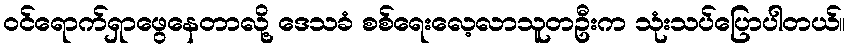
ဝင်ရောက်ရှာဖွေနေတာလို့ ဒေသခံ စစ်ရေးလေ့လာသူတဦးက သုံးသပ်ပြောပါတယ်။